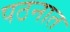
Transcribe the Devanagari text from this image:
पठनात